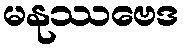
မနုဿဗေဒ